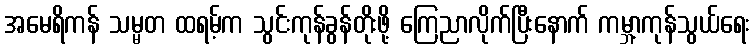
အမေရိကန် သမ္မတ ထရမ့်က သွင်းကုန်ခွန်တိုးဖို့ ကြေညာလိုက်ပြီးနောက် ကမ္ဘာ့ကုန်သွယ်ရေး